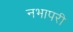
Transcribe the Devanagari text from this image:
नभापरी